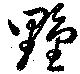
墅